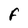
Character: F